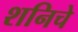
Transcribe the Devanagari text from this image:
शनिचे